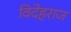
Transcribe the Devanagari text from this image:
विदेहराज